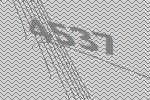
4537